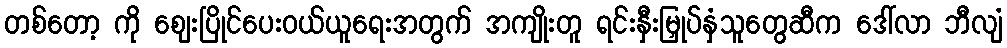
တစ်တော့ ကို ဈေးပြိုင်ပေးဝယ်ယူရေးအတွက် အကျိုးတူ ရင်းနှီးမြှုပ်နှံသူတွေဆီက ဒေါ်လာ ဘီလျံ